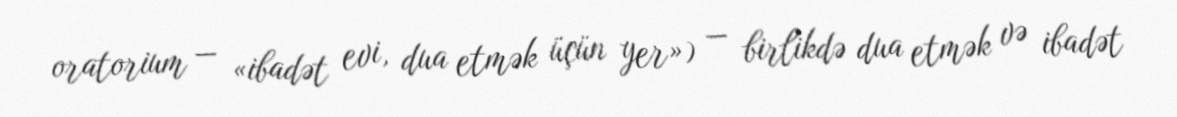
oratorium — «ibadət evi, dua etmək üçün yer») — birlikdə dua etmək və ibadət